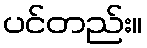
ပင်တည်း။